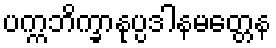
ပက္ကဘိက္ခာနုပ္ပဒါနမတ္တေန